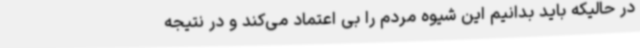
در حالیکه باید بدانیم این شیوه مردم را بی اعتماد می‌کند و در نتیجه